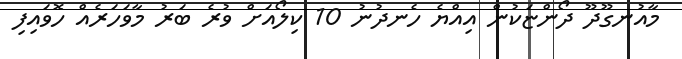
މާއުނގޫދޫ ދޯންޏަކުން އިއްޔެ ހެނދުނު 10 ކިލޯއަށް ވުރެ ބަރު މާވަހަރެއް ހޮވައިފި